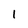
Character: 1